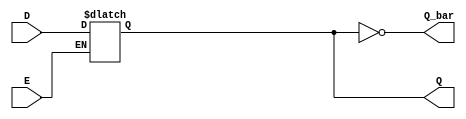
module latch_register (
    input wire D,      // Data input
    input wire E,      // Enable control signal
    output reg Q,      // Current stored value
    output wire Q_bar  // Complement of Q
);

// Q_bar is the complement of Q
assign Q_bar = ~Q;

// Always block to model the latch behavior
always @ (D or E) begin
    if (E) begin
        Q <= D;       // When Enable is HIGH, Q follows D
    end
    // When E goes LOW, Q retains its value (latch behavior)
end

endmodule